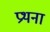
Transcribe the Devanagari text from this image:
प्रथना